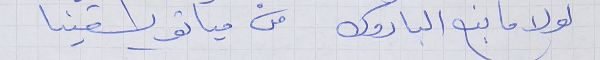
لولا ما نبع الباروك     من مياتو يسقينا